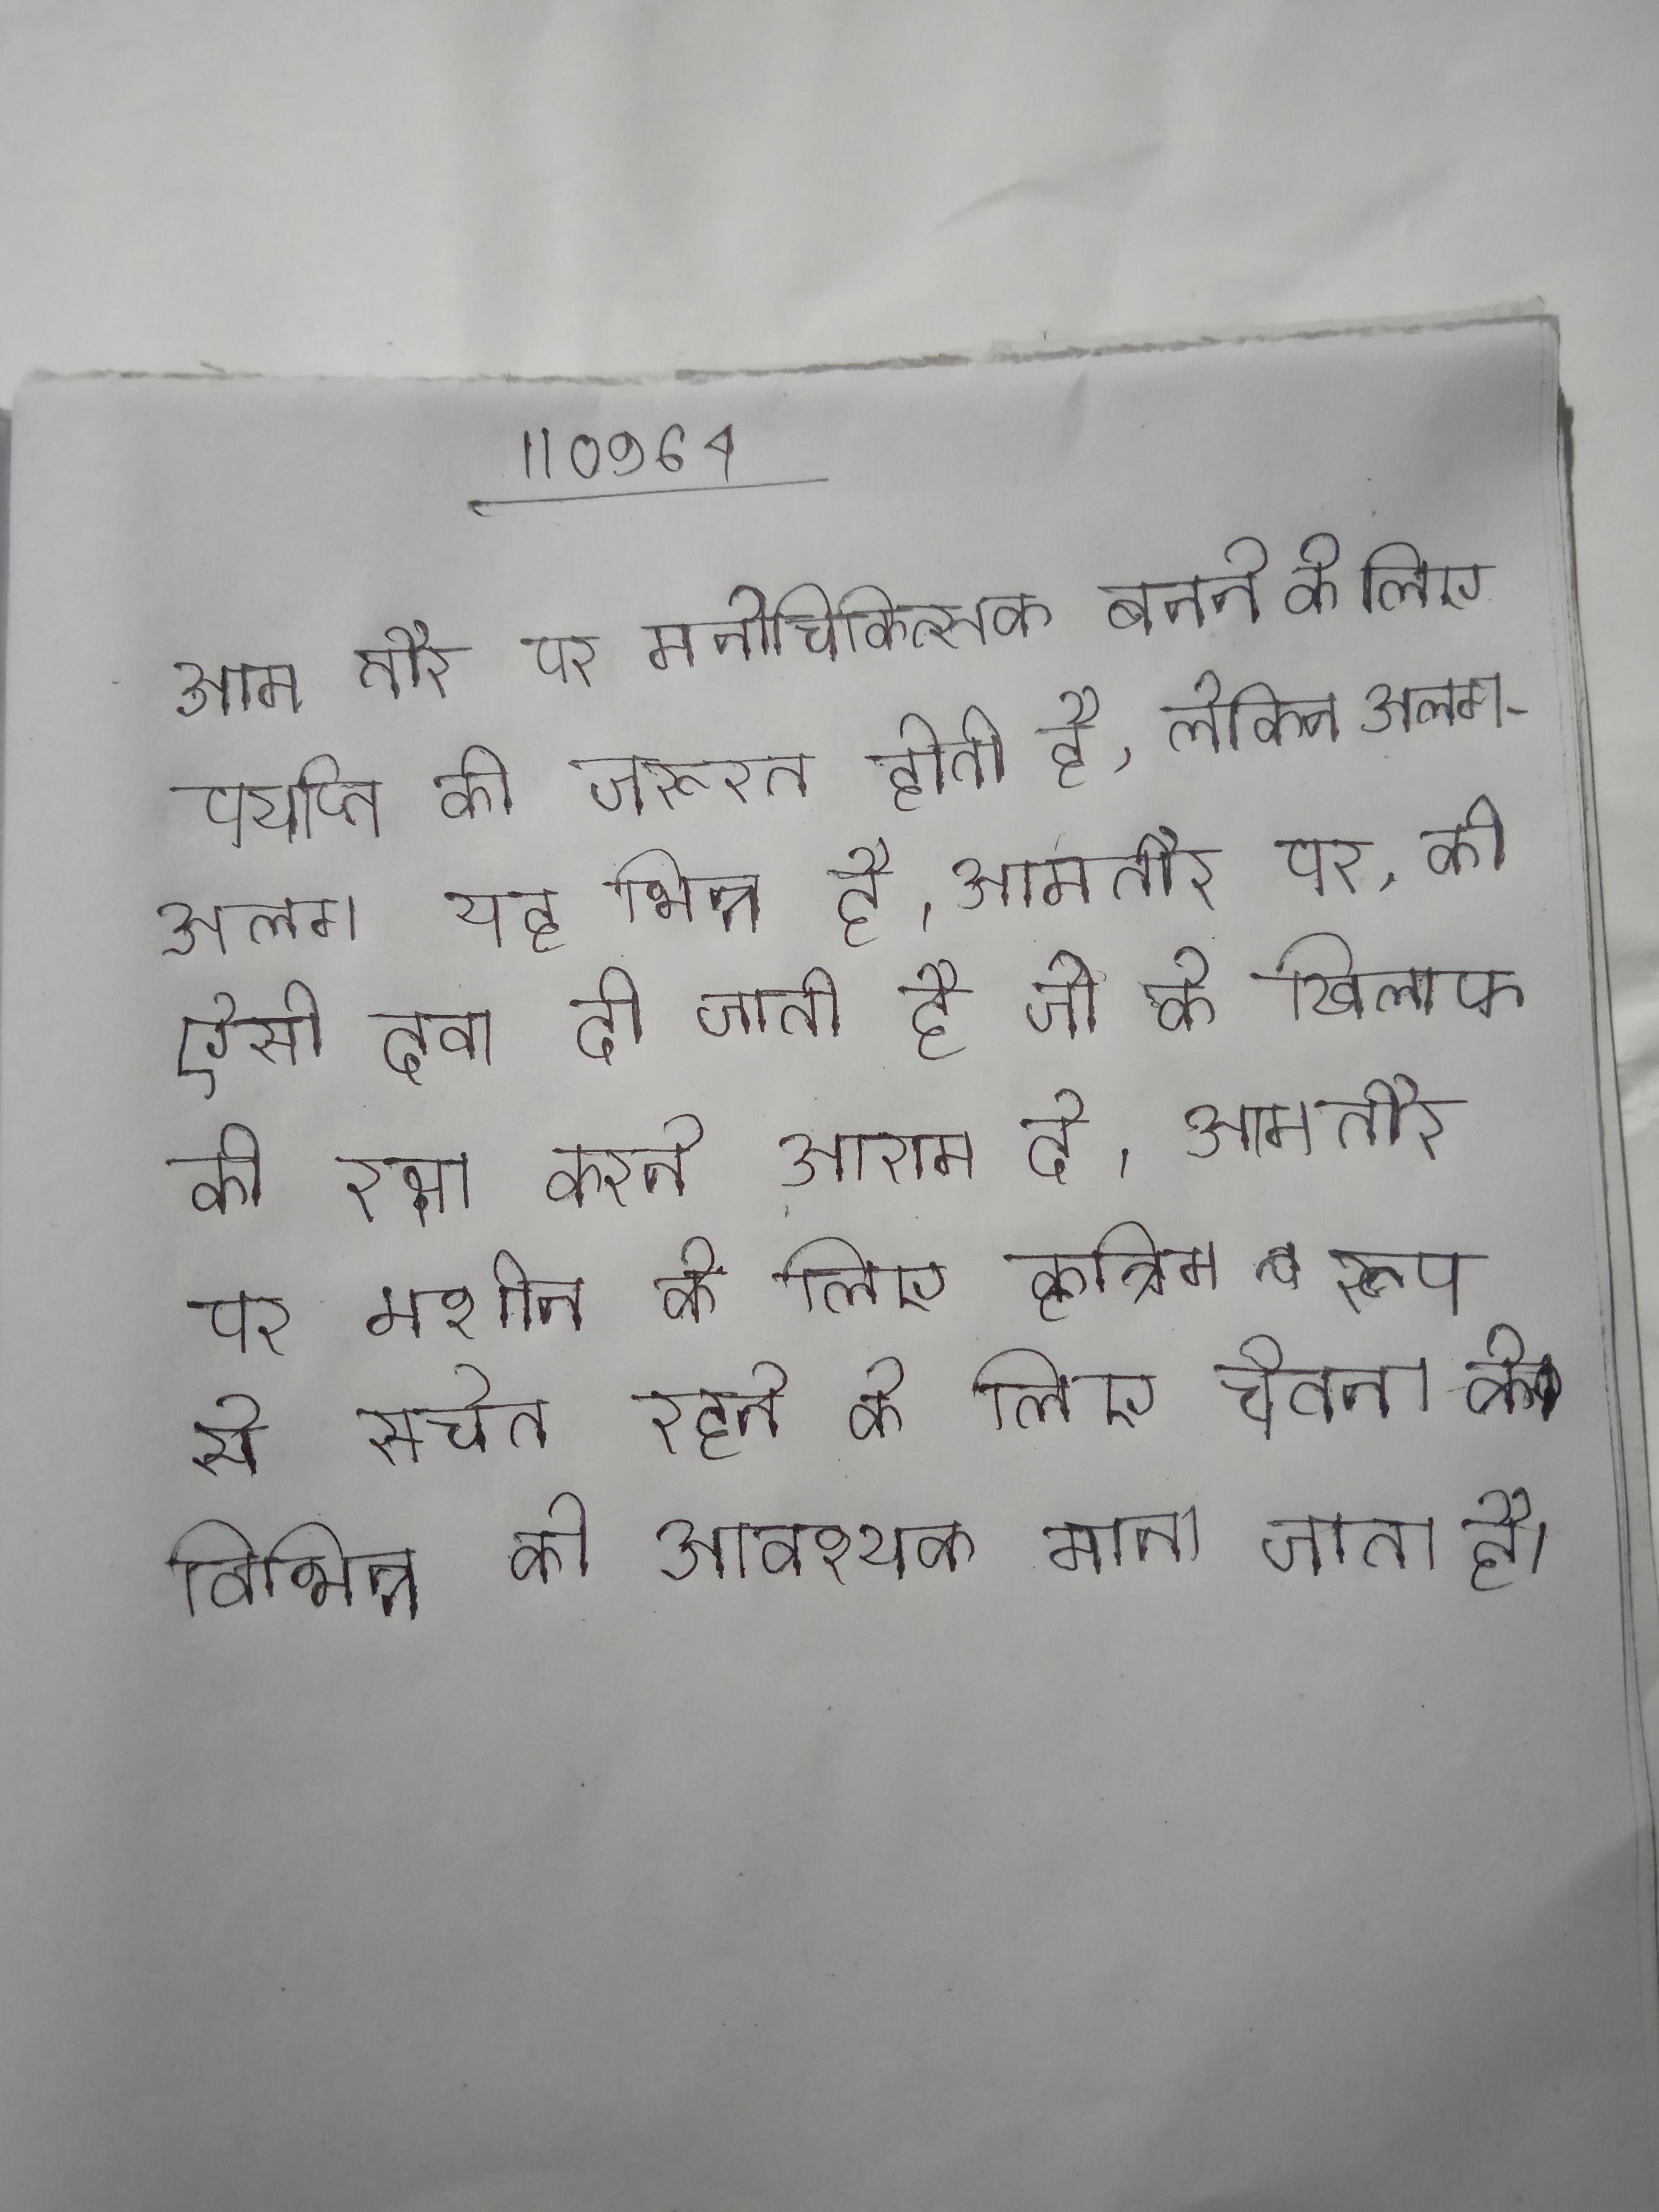
आम तौर पर मनोचिकित्सक बनने के लिए पर्याप्त की जरूरत होती है, लेकिन अलग-अलग यह भिन्न है । आमतौर पर, को ऐसी दवा दी जाती है जो के खिलाफ की रक्षा करने आराम दे । आमतौर पर मशीन के लिए कृत्रिम रूप से सचेत रहने के लिए चेतना के विभिन्न को आवश्यक माना जाता है ।